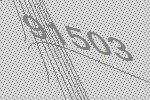
91503